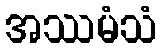
အဿမံသံ